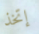
إتخذ